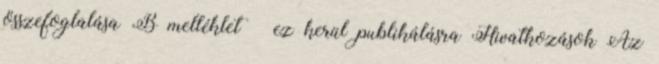
összefoglalása B melléklet  ez kerül publikálásra Hivatkozások Az